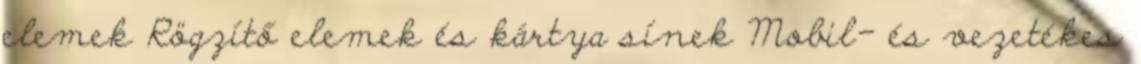
elemek Rögzítő elemek és kártya sínek Mobil- és vezetékes